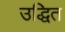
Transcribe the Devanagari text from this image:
उद्धित